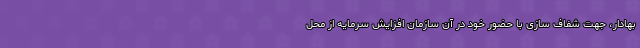
بهادار، جهت شفاف سازی با حضور خود در آن سازمان افزایش سرمایه از محل